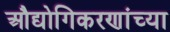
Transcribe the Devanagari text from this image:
औद्योगिकरणांच्या